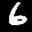
Label: 6